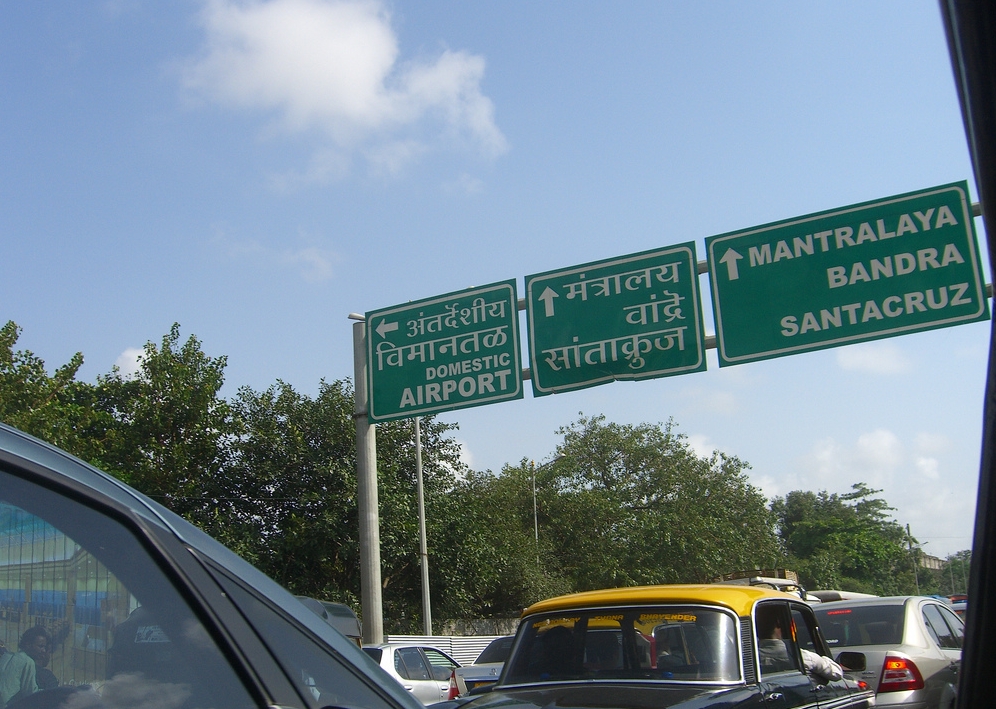
Language: hindi
Transcription: मंत्रालय वांद्रे अंतर्देशीय सांताक्रुज